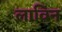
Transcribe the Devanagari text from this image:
लाविन